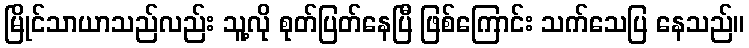
မြိုင်သာယာသည်လည်း သူ့လို စုတ်ပြတ်နေပြီ ဖြစ်ကြောင်း သက်သေပြ နေသည်။